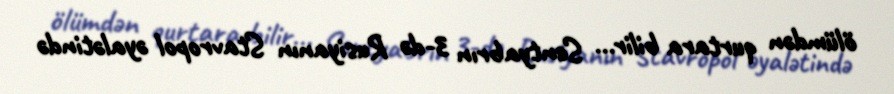
ölümdən qurtara bilir... Sentyabrın 3-də Rusiyanın Stavropol əyalətində